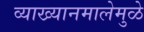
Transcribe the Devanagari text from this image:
व्याख्यानमालेमुळे